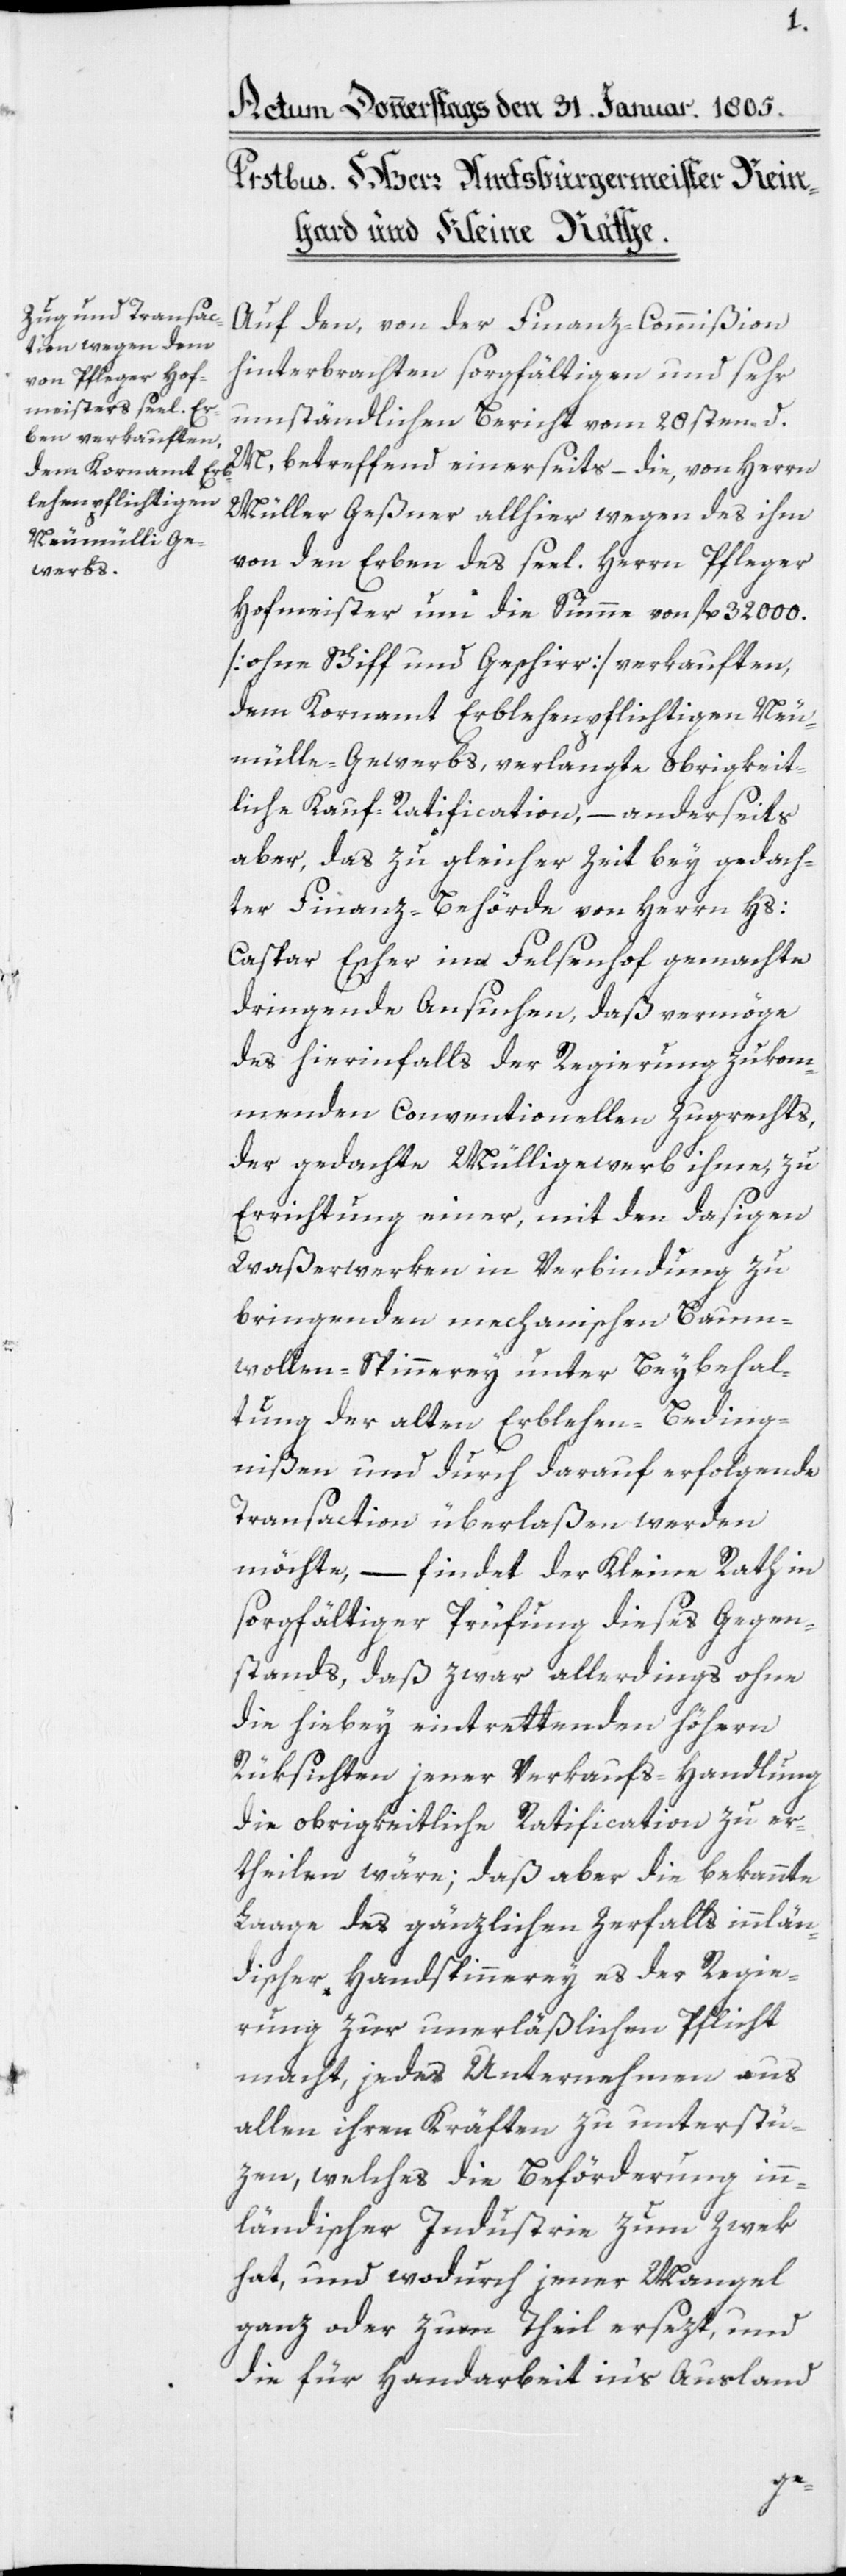
Auf den, von der Finanz-Commißion
hinterbrachten sorgfältigen und sehr
umständlichen Bericht vom 28sten d.
M, betreffend einerseits – die, von Herrn
Müller Geßner allhier wegen des ihm
von den Erben des seel. Herrn Pfleger
Hofmeister um die Summe von fl. 32 000.
[ohne Schiff und Geschirr] verkauften,
dem Kornamt Erblehenpflichtigen Neu¬
mülle-Gewerbs, verlangte obrigkeit¬
liche Kauf-Ratification, – anderseits
aber, das zu gleicher Zeit bey gedach¬
ter Finanz-Behörde von Herrn Hs:
Caspar Escher im Felsenhof gemachte
dringende Ansuchen, daß vermöge
des hierinfalls der Regierung zukom¬
menden Conventionellen Zugrechts,
der gedachte Mülligewerb ihme, zu
Errichtung einer, mit den dasigen
Waßerwerken in Verbindung zu
bringenden mechanischen Baum¬
wollen-Spinnerey unter Beybehal¬
tung der alten Erblehen-Beding¬
nißen und durch darauf erfolgende
Transaction überlaßen werden
möchte, – findet der Kleine Rath in
sorgfältiger Prüfung dieses Gegen¬
stands, daß zwar allerdings ohne
die hiebey eintrettenden höhern
Rüksichten jener Verkaufs-Handlung
die obrigkeitliche Ratification zu er¬
theilen wäre; daß aber die bekannte
Laage des gänzlichen Zerfalls innlän¬
discher Handspinnerey es der Regie¬
rung zur unterläßlichen Pflicht
macht, jedes Unternehmen aus
allen ihren Kräften zu unterstü¬
zen, welches die Beförderung inn¬
ländischer Industrie zum Zwek
hat, und wodurch jener Mangel
ganz oder zum Theil ersezt, und
die für Handarbeit in‘s Ausland